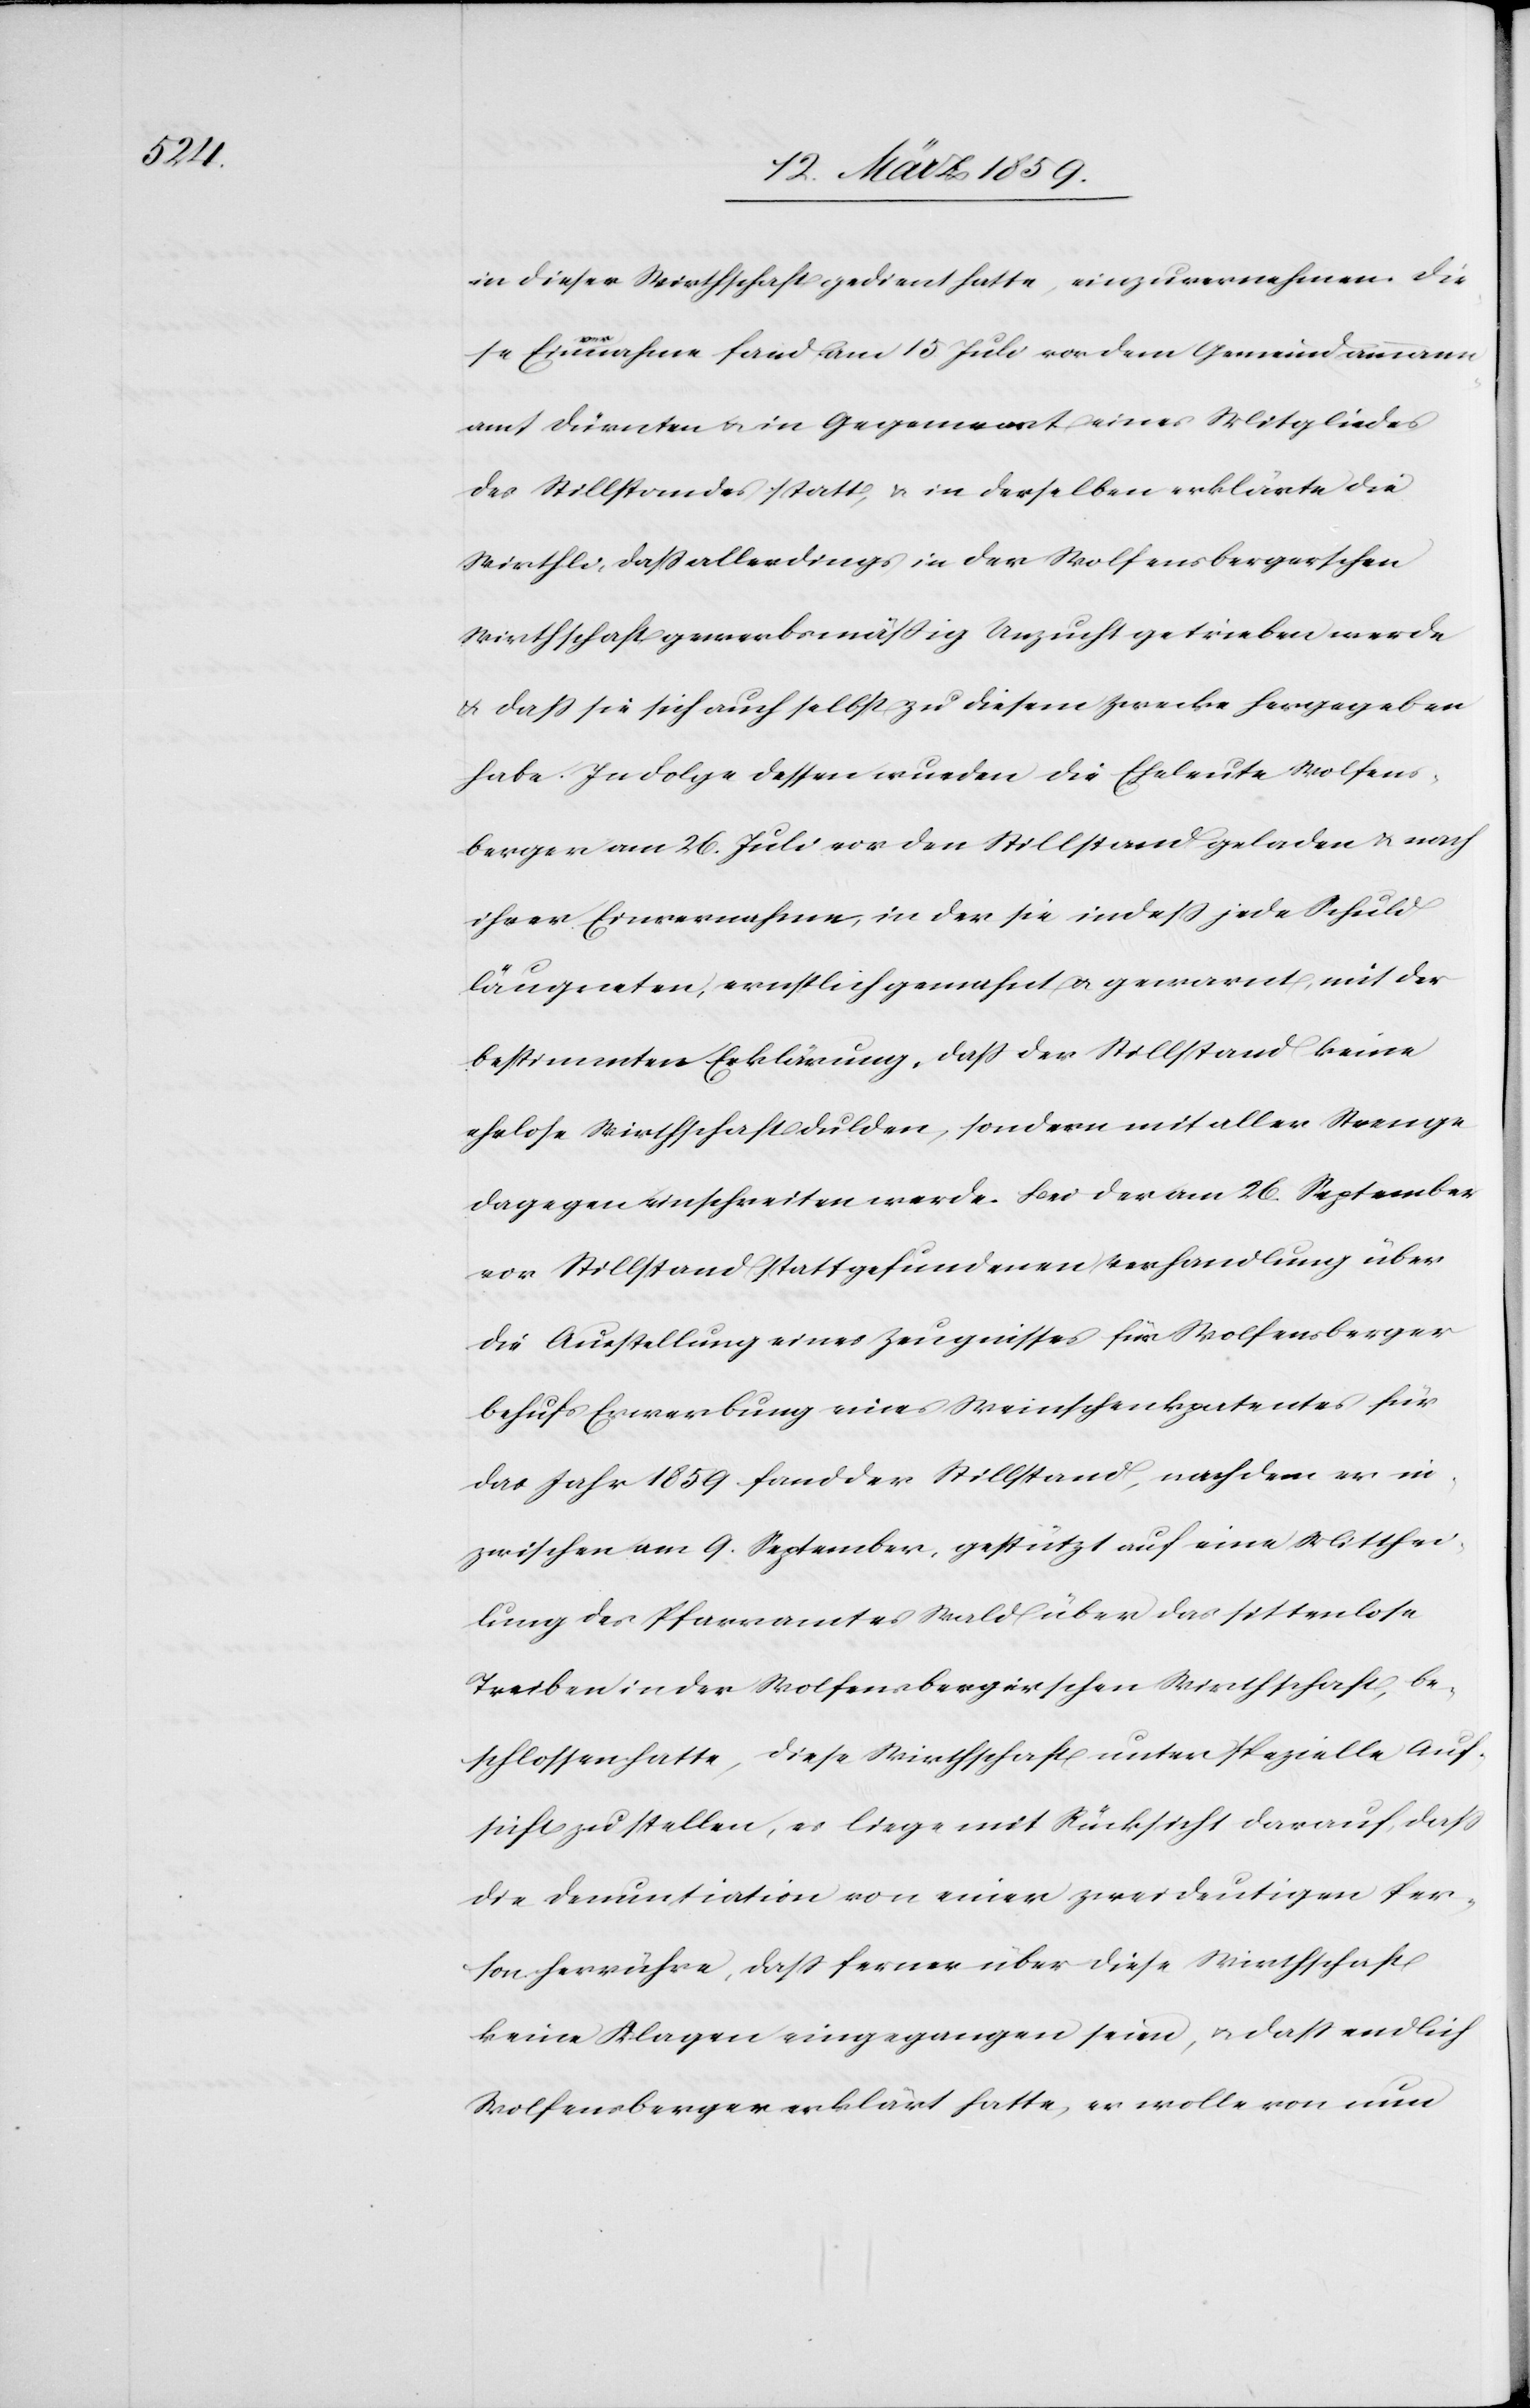
in dieser Wirthschaft gedient hatte, einzuvernehmen. Die¬
se Einvernahme fand am 15 Juli vor dem Gemeindammann¬
amt Dürnten u. in Gegenwart eines Mitgliedes
des Stillstandes statt, & in derselben erklärte die
Wirthli, daß allerdings in der Wolfensbergerschen
Wirthschaft gewerbsmäßig Unzucht getrieben werde
u. daß sie sich auch selbst zu diesem Zwecke hergegeben
habe. In Folge dessen wurden die Eheleute Wolfens¬
berger am 26. Juli vor den Stillstand geladen & nach
ihrer Einvernahme, in der sie indeß jede Schuld
läugneten, ernstlich gemahnt u. gewarnt, mit der
bestimmten Erklärung, daß der Stillstand keine
ehrlose Wirthschaft dulden, sondern mit aller Strenge
dagegen einschreiten werde. Bei der am 26. September
vor Stillstand stattgefundenen Verhandlung über
die Ausstellung eines Zeugnisses für Wolfensberger
behufs Erwerbung eines Weinschenkpatentes für
das Jahr 1859 fand der Stillstand, nachdem er in¬
zwischen am 9. September, gestützt auf eine Mitthei¬
lung des Pfarramtes Wald über das sittenlose
Treiben in der Wolfensbergerschen Wirthschaft, be¬
schlossen hatte, diese Wirthschaft unter spezielle Auf¬
sicht zu stellen, es liege mit Rücksicht darauf, daß
die Denuntiation von einer zweideutigen Per¬
son herrühre, daß ferner über diese Wirthschaft
keine Klagen eingegangen seien, u. daß endlich
Wolfensberger erklärt hatte, er wollte von nun